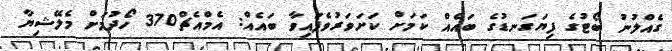
ގެއްލުނު ބޯޓުގެ ފިޔަގަނޑުގެ ބައެއް ކަމަށް ކަށަވަރުވެފައިވާ ބައެއް: އެމްއެޗް370 ހޯދުމަށް މެލޭޝިޔާ